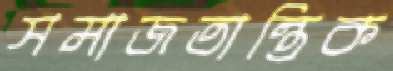
সমাজতান্ত্রিক